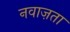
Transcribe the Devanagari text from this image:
नवाज़ता